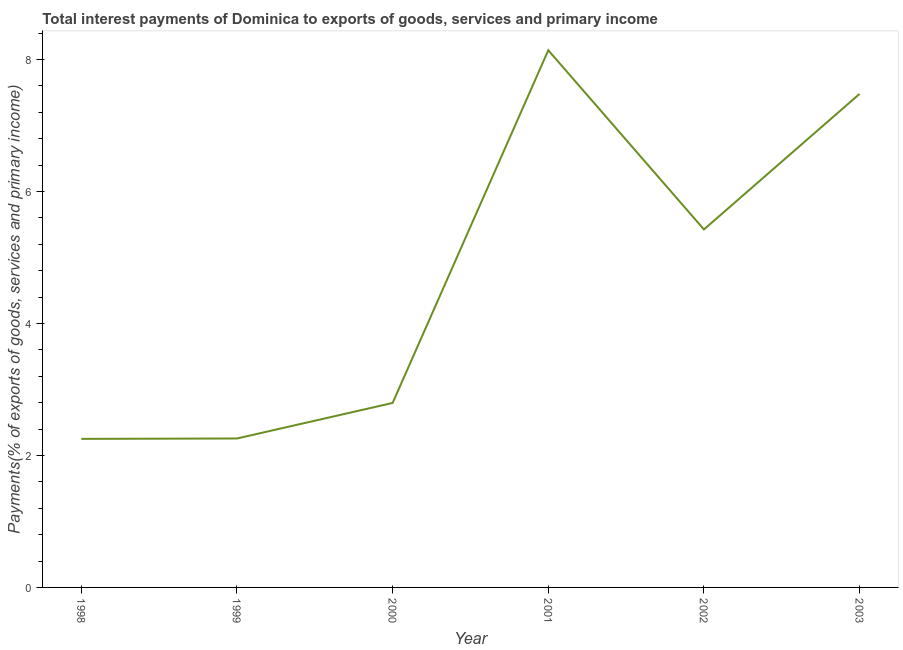
| Year | Interest payments on external debt |
 | --- | --- |
 | 1998 | 2.25 |
 | 1999 | 2.26 |
 | 2000 | 2.8 |
 | 2001 | 8.14 |
 | 2002 | 5.43 |
 | 2003 | 7.48 |